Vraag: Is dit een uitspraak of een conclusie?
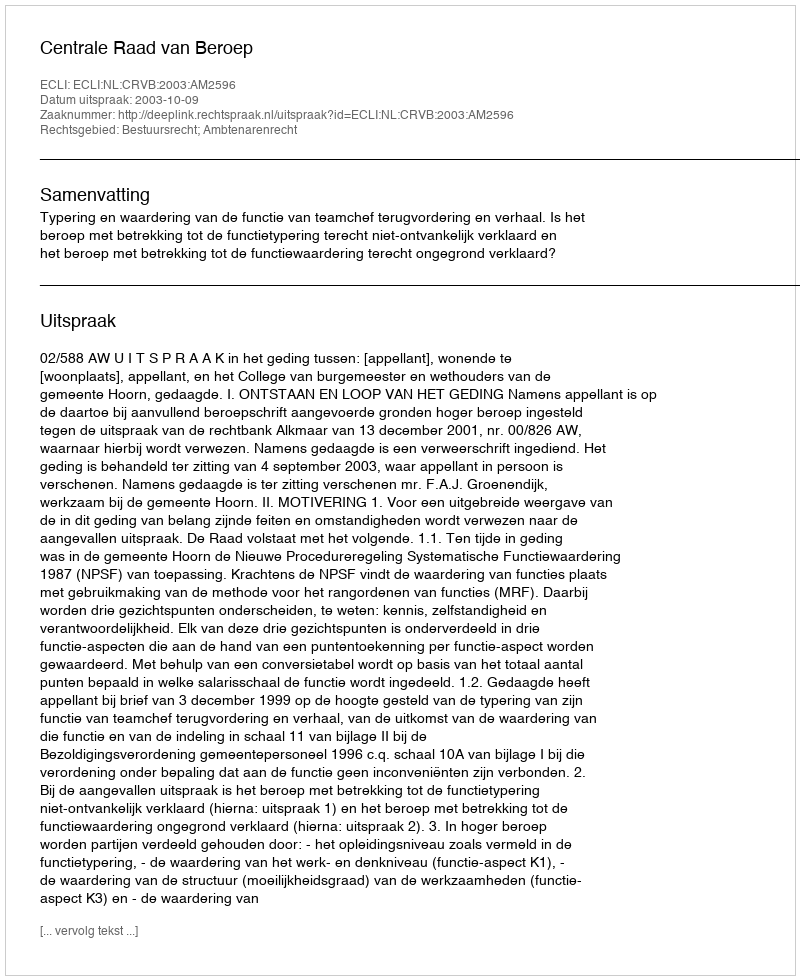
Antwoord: Uitspraak